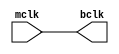
`timescale 1ns / 1ps
module clock_buffer(mclk,bclk);
input mclk;
output bclk;
buf b1(bclk,mclk);
endmodule